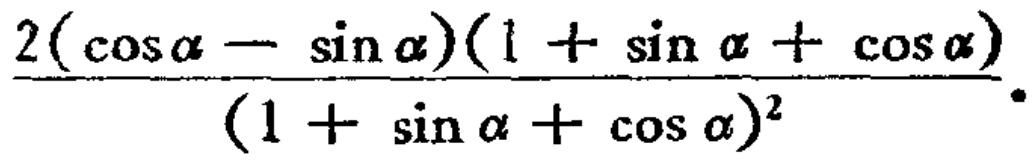
\frac{2(\cos\alpha - \sin\alpha)(1 + \sin\alpha + \cos\alpha)}{(1 + \sin\alpha + \cos\alpha)^2}